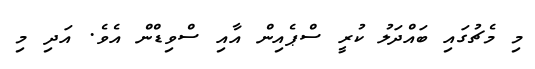
މި މެޗުގައި ބައްދަލު ކުރީ ސްޕެއިން އާއި ސްވިޑްން އެވެ. އަދި މި